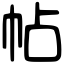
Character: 帖